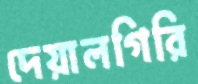
দেয়ালগিরি